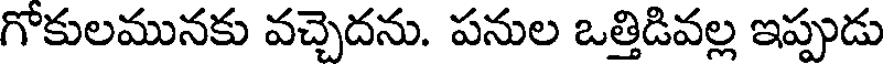
గోకులమునకు వచ్చెదను. పనుల ఒత్తిడివల్ల ఇప్పుడు